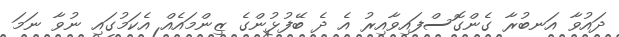
ދައުވާ އަނބުރާ ގެންގޮސްފައިވާއިރު އެ ދެ ބޭފުޅުންގެ ޒިންމައެއް އެކަމުގައި ނުވާ ނަމަ